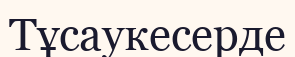
Тұсаукесерде